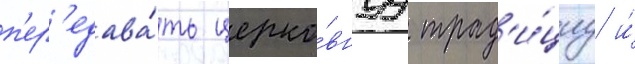
п'ер'едава́ть церко́внуу трад'и́циу и́